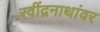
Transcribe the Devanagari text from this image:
रवींद्रनाथांवर